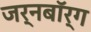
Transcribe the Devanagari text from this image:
जर्नबॉर्ग